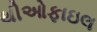
થીઓફાઇલ